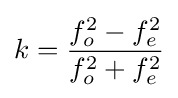
k={\frac {f_{o}^{2}-f_{e}^{2}}{f_{o}^{2}+f_{e}^{2}}}